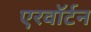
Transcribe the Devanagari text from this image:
एरवॉर्टन